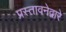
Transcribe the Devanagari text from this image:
प्रस्तावनेद्वारे